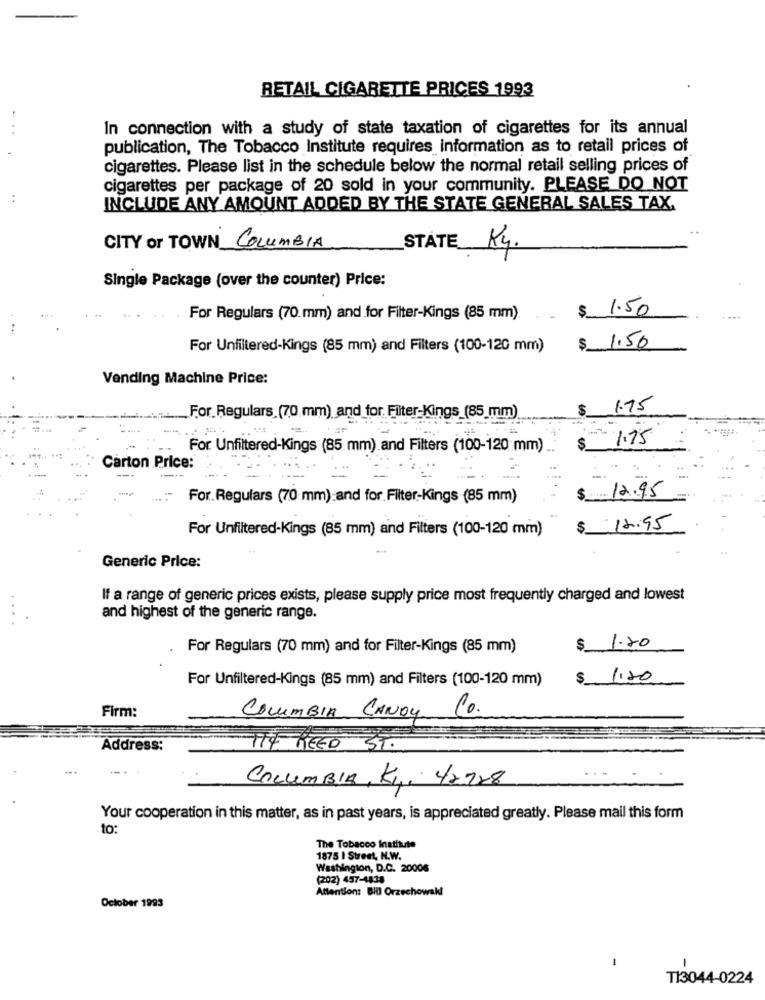
RETAIL CIGARETTE PRICES 1993
In connection with a study of state taxation of cigarettes for its annual
publication, The Tobacco Institute requires information as to retail prices of
cigarettes. Please list in the schedule below the normal retail selling prices of
cigarettes per package of 20 sold in your community. PLEASE DO NOT
INCLUDE ANY AMOUNT ADDED BY THE STATE GENERAL SALES TAX.
CITY or TOWN COLUMBIA
_STAT
Kg.
Single Package (over the counter) Price:
.. $ 1.50
For Regulars (70.mm) and for Filter-Kings (85 mm).
For Unfiltered-Kings (85 mm) and Filters (100-120 mm)
$ 1.50
Vending Machine Price:
$
1.75
For. Regulars (70 mm) and for. Filter-Kings (85 mm)
1.75
For Unfiltered-Kings (85 mm) and Filters (100-120 mm)
$
Carton Price:
$ 12.95
For.Regulars (70 mm):and for. Filter-Kings (85 mm)
For Unfiltered-Kings (85 mm) and Filters (100-120 mm)
$
12.95
Generic Price:
If a range of generic prices exists, please supply price most frequently charged and lowest
and highest of the generic range.
$ 1.20
For Regulars (70 mm) and for Filter-Kings (85 mm)
For Unfiltered-Kings (85 mm) and Filters (100-120 mm)
$ 1,20
Firm:
Co.
COLUMBIA CANDY
Address:
ITY REED ST.
COLUMBIA, K1, 4×7×8
Your cooperation in this matter, as in past years, is appreciated greatly. Please mail this form
to:
The Tobacco Institute
1875 I Street, N.W.
Washington, D.C. 20006
(202) 457-1838
Attention: Bill Orzechowski
October 1993
-
-
TI3044-0224